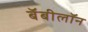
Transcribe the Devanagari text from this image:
बॅबीलॉन